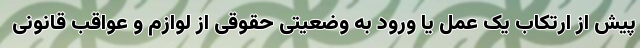
پیش از ارتکاب یک عمل یا ورود به وضعیتی حقوقی از لوازم و عواقب قانونی